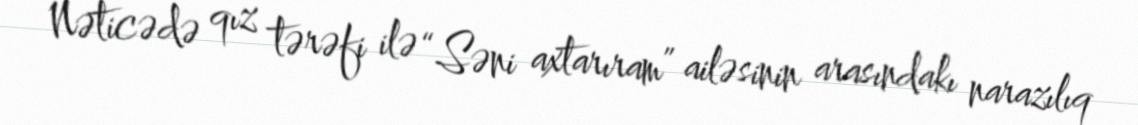
Nəticədə qız tərəfi ilə “Səni axtarıram” ailəsinin arasındakı narazılıq